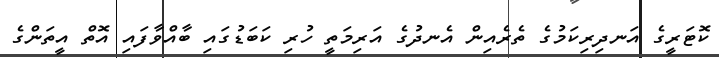
ކޮޓަރީގެ އަނދިރިކަމުގެ ތެރެއިން އެނދުގެ އަރިމަތީ ހުރި ކަބަޑުގައި ބާއްވާފައި އޮތް އީތަންގެ